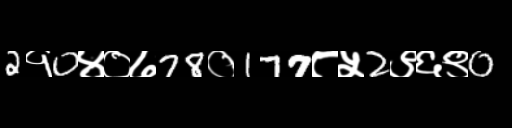
Text: 2१0४०७78०177८५2९६९0